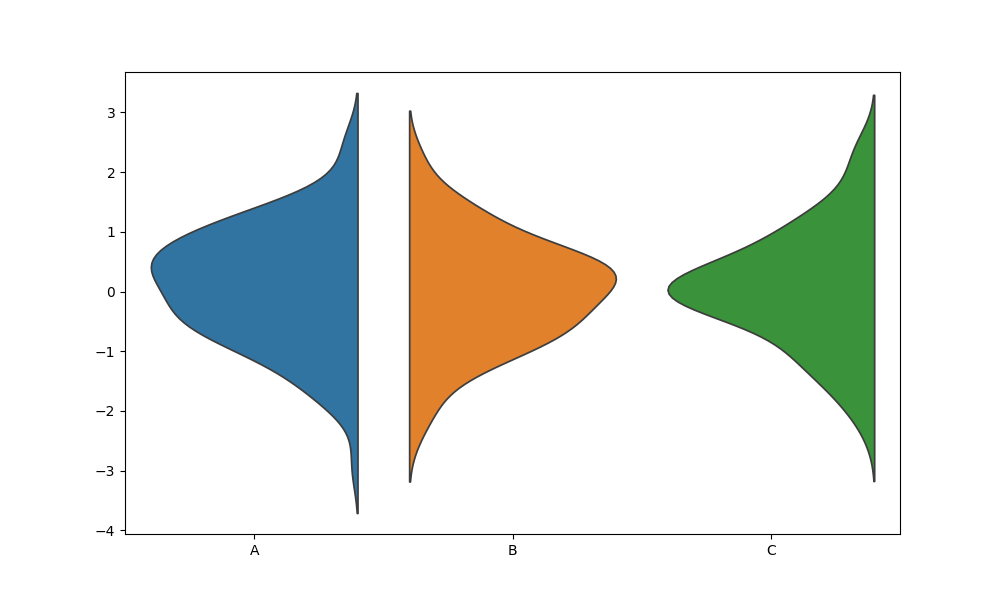
python, seaborn, violinplot, scale='area', split='True', inner='None', fill='True'